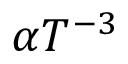
\alpha T ^ { - 3 }